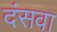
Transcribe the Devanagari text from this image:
दंसवा